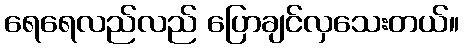
ရေရေလည်လည် ပြောချင်လှသေးတယ်။